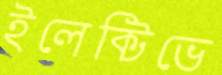
ইলেক্টিভে